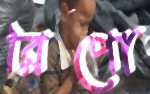
রিপো